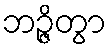
ဘဉ္ဇိတွာ